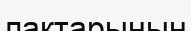
лактарының